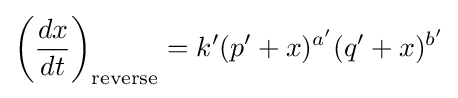
\left({\frac {dx}{dt}}\right)_{\text{reverse}}=k'(p'+x)^{a'}(q'+x)^{b'}